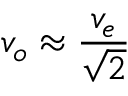
v _ { o } \approx { \frac { v _ { e } } { \sqrt { 2 } } }